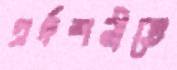
প্রর্দশনীতে